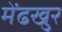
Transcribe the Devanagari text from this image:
मेंढखुर